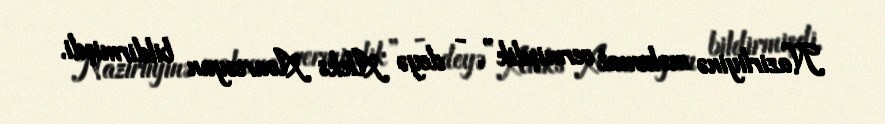
Nazirliyinə məlumat vermişdik”, - deyə Aleks Avaresyan bildirmişdi.